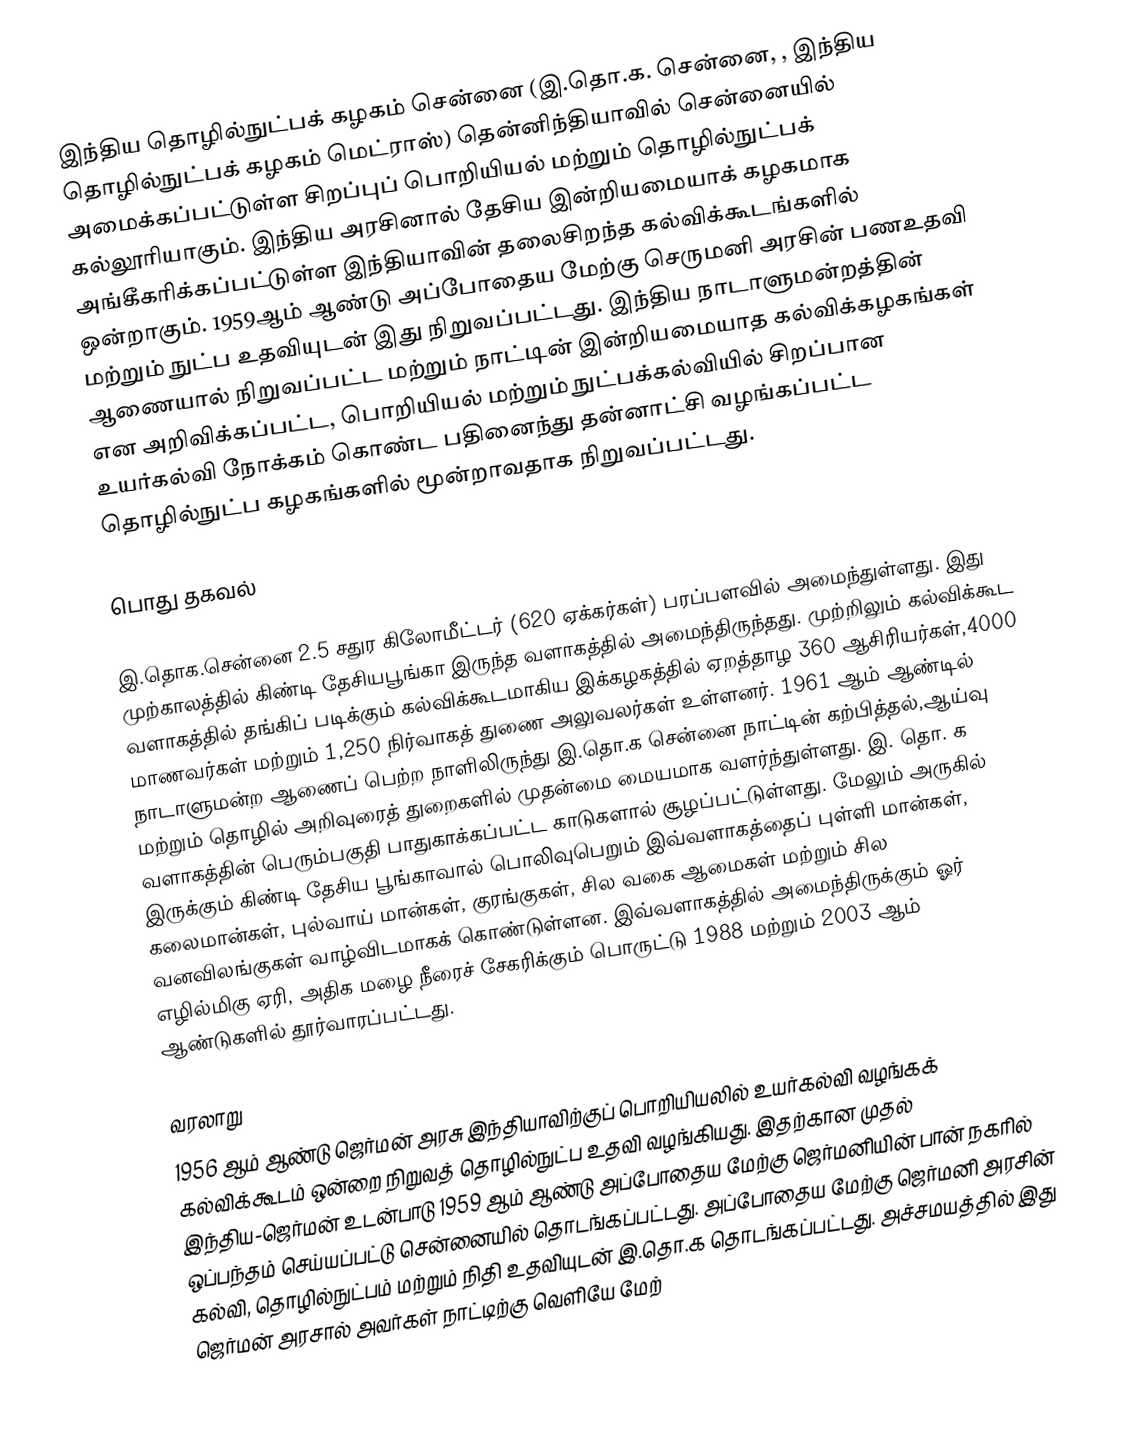
இந்திய தொழில்நுட்பக் கழகம் சென்னை (இ.தொ.க. சென்னை, , இந்திய தொழில்நுட்பக் கழகம் மெட்ராஸ்) தென்னிந்தியாவில் சென்னையில் அமைக்கப்பட்டுள்ள சிறப்புப் பொறியியல் மற்றும் தொழில்நுட்பக் கல்லூரியாகும். இந்திய அரசினால் தேசிய இன்றியமையாக் கழகமாக அங்கீகரிக்கப்பட்டுள்ள இந்தியாவின் தலைசிறந்த கல்விக்கூடங்களில் ஒன்றாகும். 1959ஆம் ஆண்டு அப்போதைய மேற்கு செருமனி அரசின் பணஉதவி மற்றும் நுட்ப உதவியுடன் இது நிறுவப்பட்டது. இந்திய நாடாளுமன்றத்தின் ஆணையால் நிறுவப்பட்ட மற்றும் நாட்டின் இன்றியமையாத கல்விக்கழகங்கள் என அறிவிக்கப்பட்ட, பொறியியல் மற்றும் நுட்பக்கல்வியில் சிறப்பான உயர்கல்வி நோக்கம் கொண்ட பதினைந்து தன்னாட்சி வழங்கப்பட்ட தொழில்நுட்ப கழகங்களில் மூன்றாவதாக நிறுவப்பட்டது.

 பொது தகவல்

இ.தொக.சென்னை 2.5 சதுர கிலோமீட்டர் (620 ஏக்கர்கள்) பரப்பளவில் அமைந்துள்ளது.  இது முற்காலத்தில் கிண்டி தேசியபூங்கா இருந்த வளாகத்தில் அமைந்திருந்தது. முற்றிலும் கல்விக்கூட வளாகத்தில் தங்கிப் படிக்கும் கல்விக்கூடமாகிய இக்கழகத்தில் ஏறத்தாழ 360 ஆசிரியர்கள்,4000 மாணவர்கள் மற்றும் 1,250 நிர்வாகத் துணை அலுவலர்கள் உள்ளனர். 1961 ஆம் ஆண்டில் நாடாளுமன்ற ஆணைப் பெற்ற நாளிலிருந்து இ.தொ.க சென்னை நாட்டின் கற்பித்தல்,ஆய்வு மற்றும் தொழில் அறிவுரைத் துறைகளில் முதன்மை மையமாக வளர்ந்துள்ளது. இ. தொ. க வளாகத்தின் பெரும்பகுதி பாதுகாக்கப்பட்ட காடுகளால் சூழப்பட்டுள்ளது. மேலும் அருகில் இருக்கும் கிண்டி தேசிய பூங்காவால் பொலிவுபெறும் இவ்வளாகத்தைப் புள்ளி மான்கள், கலைமான்கள், புல்வாய் மான்கள், குரங்குகள், சில வகை ஆமைகள் மற்றும் சில வனவிலங்குகள் வாழ்விடமாகக் கொண்டுள்ளன. இவ்வளாகத்தில் அமைந்திருக்கும் ஓர் எழில்மிகு ஏரி, அதிக மழை நீரைச் சேகரிக்கும்  பொருட்டு 1988 மற்றும் 2003 ஆம் ஆண்டுகளில் தூர்வாரப்பட்டது.

 வரலாறு
1956 ஆம் ஆண்டு ஜெர்மன் அரசு இந்தியாவிற்குப் பொறியியலில் உயர்கல்வி வழங்கக் கல்விக்கூடம் ஒன்றை நிறுவத் தொழில்நுட்ப உதவி வழங்கியது. இதற்கான முதல் இந்திய-ஜெர்மன் உடன்பாடு 1959 ஆம் ஆண்டு அப்போதைய மேற்கு ஜெர்மனியின் பான் நகரில் ஒப்பந்தம் செய்யப்பட்டு சென்னையில் தொடங்கப்பட்டது. அப்போதைய மேற்கு ஜெர்மனி அரசின் கல்வி, தொழில்நுட்பம் மற்றும் நிதி உதவியுடன் இ.தொ.க தொடங்கப்பட்டது. அச்சமயத்தில் இது ஜெர்மன் அரசால் அவர்கள் நாட்டிற்கு வெளியே மேற்